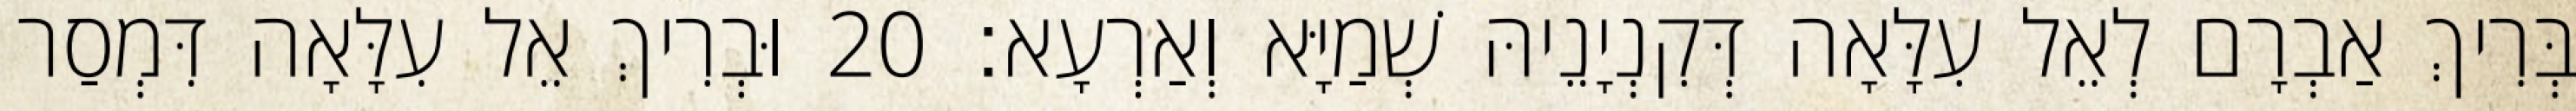
בְּרִיךְ אַבְרָם לְאֵל עִלָּאָה דְּקִנְיָנֵיהּ שְׁמַיָּא וְאַרְעָא׃ 20 וּבְרִיךְ אֵל עִלָּאָה דִּמְסַר